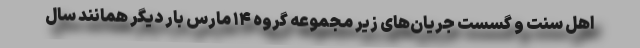
اهل سنت و گسست جریان‌های زیر مجموعه گروه ۱۴ مارس بار دیگر همانند سال